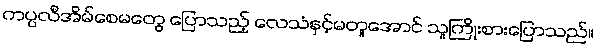
ကပ္ပလီအိမ်စေမတွေ ပြောသည့် လေသံနှင့်မတူအောင် သူကြိုးစားပြောသည်။